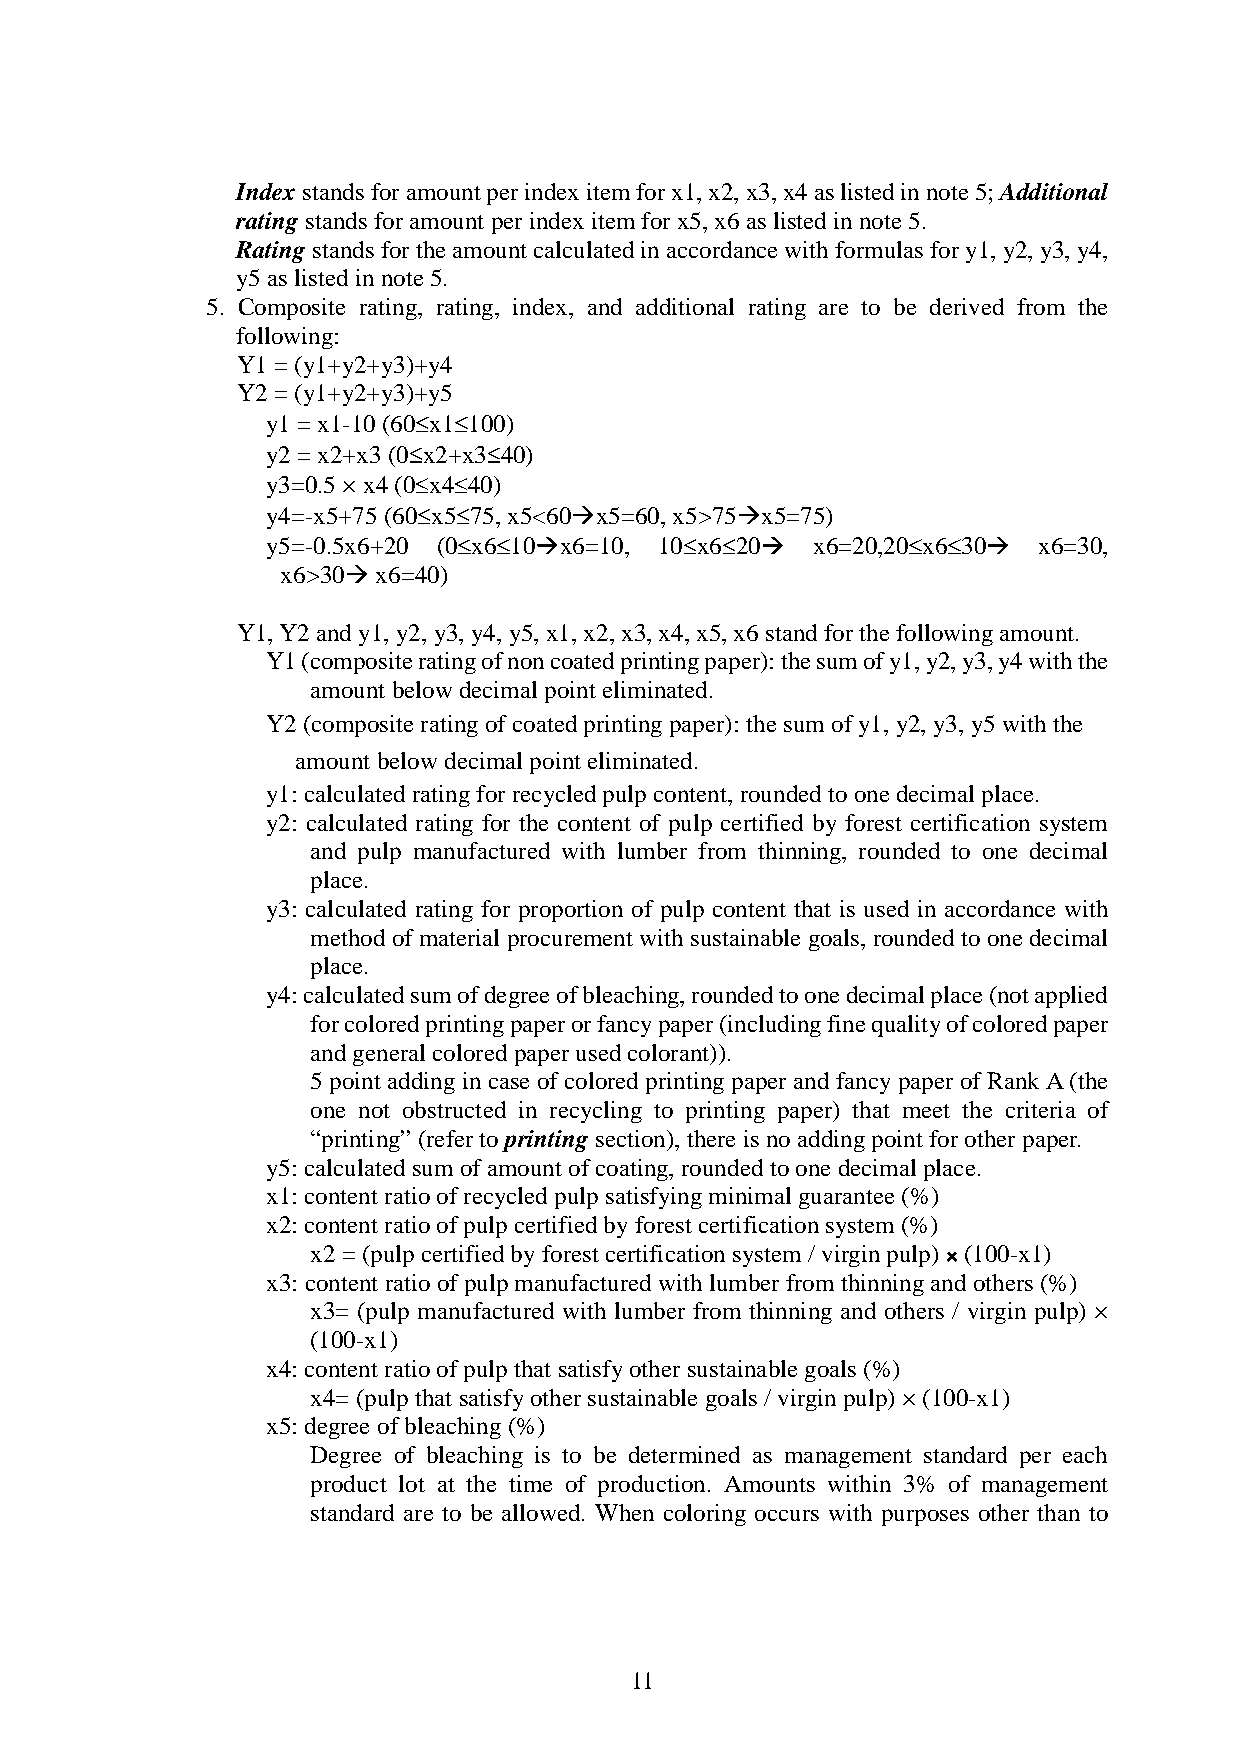
Index stands for amount per index item for x1, x2, x3, x4 as listed in note 5; Additional
 rating stands for amount per index item for x5, x6 as listed in note 5.
 Rating stands for the amount calculated in accordance with formulas for y1, y2, y3, y4,
 y5 as listed in note 5.
 5. Composite rating, rating, index, and additional rating are to be derived from the
 following:
 Y1 = (y1+y2+y3)+y4
 Y2 = (y1+y2+y3)+y5
 y1 = x1-10 (60 x1 100)
 y2 = x2+x3 (0 x2+x3 40)
 y3=0.5 × x4 (0 x4 40)
 y4=-x5+75 (60 x5 75, x5<60 x5=60, x5>75 x5=75)
 y5=-0.5x6+20 (0 x6 10 x6=10, 10 x6 20 x6=20,20 x6 30 x6=30,
 x6>30 x6=40)
 Y1, Y2 and y1, y2, y3, y4, y5, x1, x2, x3, x4, x5, x6 stand for the following amount.
 Y1 (composite rating of non coated printing paper): the sum of y1, y2, y3, y4 with the
 amount below decimal point eliminated.
 Y2 (composite rating of coated printing paper): the sum of y1, y2, y3, y5 with the
 amount below decimal point eliminated.
 y1: calculated rating for recycled pulp content, rounded to one decimal place.
 y2: calculated rating for the content of pulp certified by forest certification system
 and pulp manufactured with lumber from thinning, rounded to one decimal
 place.
 y3: calculated rating for proportion of pulp content that is used in accordance with
 method of material procurement with sustainable goals, rounded to one decimal
 place.
 y4: calculated sum of degree of bleaching, rounded to one decimal place (not applied
 for colored printing paper or fancy paper (including fine quality of colored paper
 and general colored paper used colorant)).
 5 point adding in case of colored printing paper and fancy paper of Rank A (the
 one not obstructed in recycling to printing paper) that meet the criteria of
 “printing” (refer to printing section), there is no adding point for other paper.
 y5: calculated sum of amount of coating, rounded to one decimal place.
 x1: content ratio of recycled pulp satisfying minimal guarantee (%)
 x2: content ratio of pulp certified by forest certification system (%)
 x2 = (pulp certified by forest certification system / virgin pulp) × (100-x1)
 x3: content ratio of pulp manufactured with lumber from thinning and others (%)
 x3= (pulp manufactured with lumber from thinning and others / virgin pulp) ×
 (100-x1)
 x4: content ratio of pulp that satisfy other sustainable goals (%)
 x4= (pulp that satisfy other sustainable goals / virgin pulp) × (100-x1)
 x5: degree of bleaching (%)
 Degree of bleaching is to be determined as management standard per each
 product lot at the time of production. Amounts within 3% of management
 standard are to be allowed. When coloring occurs with purposes other than to
 11